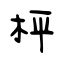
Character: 枰